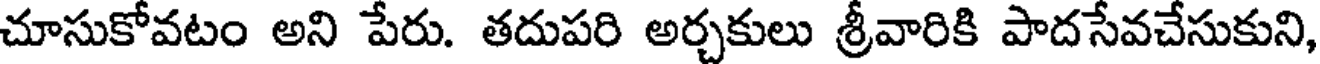
చూసుకోవటం అని పేరు. తదుపరి అర్చకులు శ్రీవారికి పాదసేవచేసుకుని,